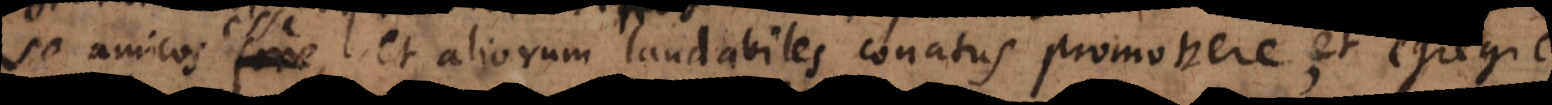
se amicos fore,, et aliorum laudabiles conatus provectu